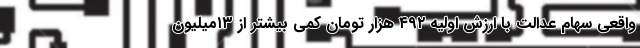
واقعی سهام عدالت با ارزش اولیه ۴۹۲ هزار تومان کمی بیشتر از ۱۳میلیون